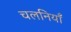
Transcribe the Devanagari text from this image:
चलनियाँ